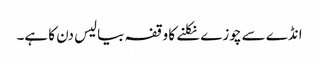
انڈے سے چوزے نکلنے کا وقفہ بیالیس دن کا ہے۔